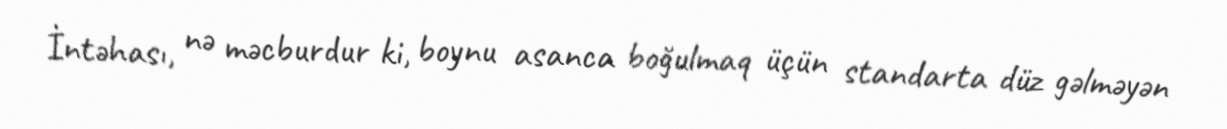
İntəhası, nə məcburdur ki, boynu asanca boğulmaq üçün standarta düz gəlməyən